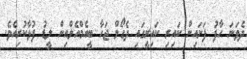
ދެވަނަ ހާފު ފަށައިން ކައިރި ކައިރީގައި ދެގޯލް ޖަހާ ބީއެމްއެލްއިން ލީޑު ފުޅާކުރިއެވެ.